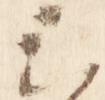
云